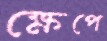
ক্ষেপে